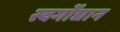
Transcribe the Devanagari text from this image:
स्वर्गोद्यान